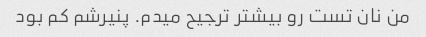
من نان تست رو بیشتر ترجیح میدم. پنیرشم کم بود